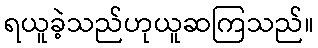
ရယူခဲ့သည်ဟုယူဆကြသည်။